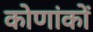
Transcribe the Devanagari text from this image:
कोणांकों